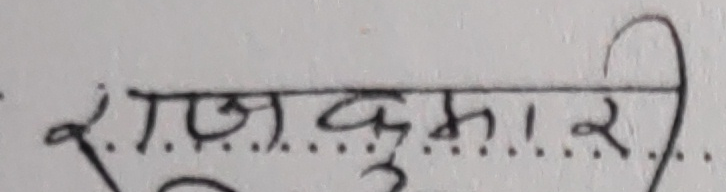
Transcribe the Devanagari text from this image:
राजकुमारी